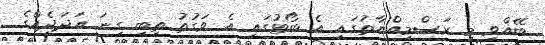
ބޭއްވި މި ރަސްމިއްޔާތުގައި އެ ބޯޓުގައި އެ ވަގުތު ތިބި ގިނަ އަދަދެއްގެ